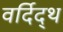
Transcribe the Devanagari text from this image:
वर्दिद्थ